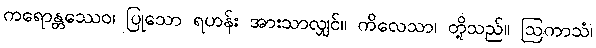
ကရောန္တဿေဝ၊ ပြုသော ရဟန်း အားသာလျှင်။ ကိလေသာ၊ တို့သည်။ ဩကာသံ၊